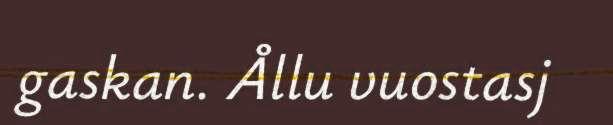
gaskan. Ållu vuostasj